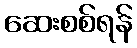
ဆေးစစ်ရန်